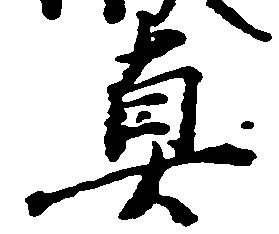
真